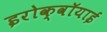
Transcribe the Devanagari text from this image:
इरोक्वॉयाई